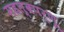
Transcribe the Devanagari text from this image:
महत्वपर्णू